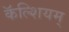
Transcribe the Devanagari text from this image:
कॅल्शियम्